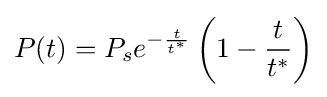
P(t)=P_{s}e^{-{\frac {t}{t^{*}}}}\left(1-{\frac {t}{t^{*}}}\right)